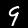
Digit: 9